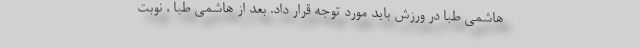
هاشمی طبا در ورزش باید مورد توجه قرار داد. بعد از هاشمی طبا ، نوبت